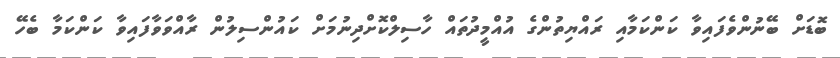
ބޮޑަށް ބޭނުންވެފައިވާ ކަންކަމާއި ރައްޔިތުންގެ އުއްމީދުތައް ހާސިލްކޮށްދިނުމަށް ކައުންސިލުން ރާއްވަވާފައިވާ ކަންކަމާ ބެހޭ